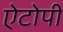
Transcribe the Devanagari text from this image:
ऐटोपी